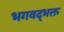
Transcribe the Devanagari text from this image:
भगवद्‌भक्त